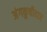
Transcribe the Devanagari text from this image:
अंगकुचीदार